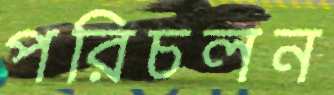
পরিচলন